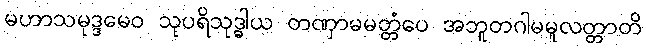
မဟာသမုဒ္ဒမေဝ သုပရိသုဒ္ဓါယ တဏှာမမတ္တံပေ အဘူတဂါမမူလတ္တာတိ